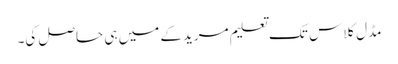
مڈل کلاس تک تعلیم مریدکے میں ہی حاصل کی۔